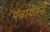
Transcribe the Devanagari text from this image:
पंचायतने